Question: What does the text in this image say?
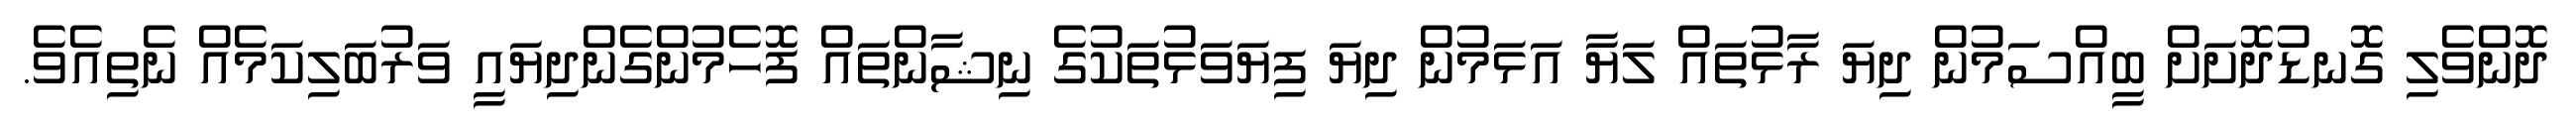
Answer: ދޮންވެލި ގޮނޑުދޮށަށް ބީއްސަމުން ދިޔަ ރާޅުތައް ލަޔާ އަޅަމުން ދިޔަ ފިޔަވަޅުތަކުގެ ނިޝާންތައް ފޮހެމުންގެންދިޔައީ ވަރުބަލިކަމެއް ނެތިއެވެ.